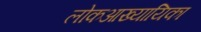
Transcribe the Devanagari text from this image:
लोकआख्यायिका